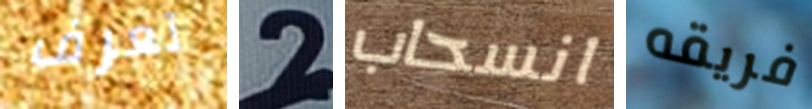
تعرف 2 انسحاب فريقه